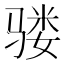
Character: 𩨇